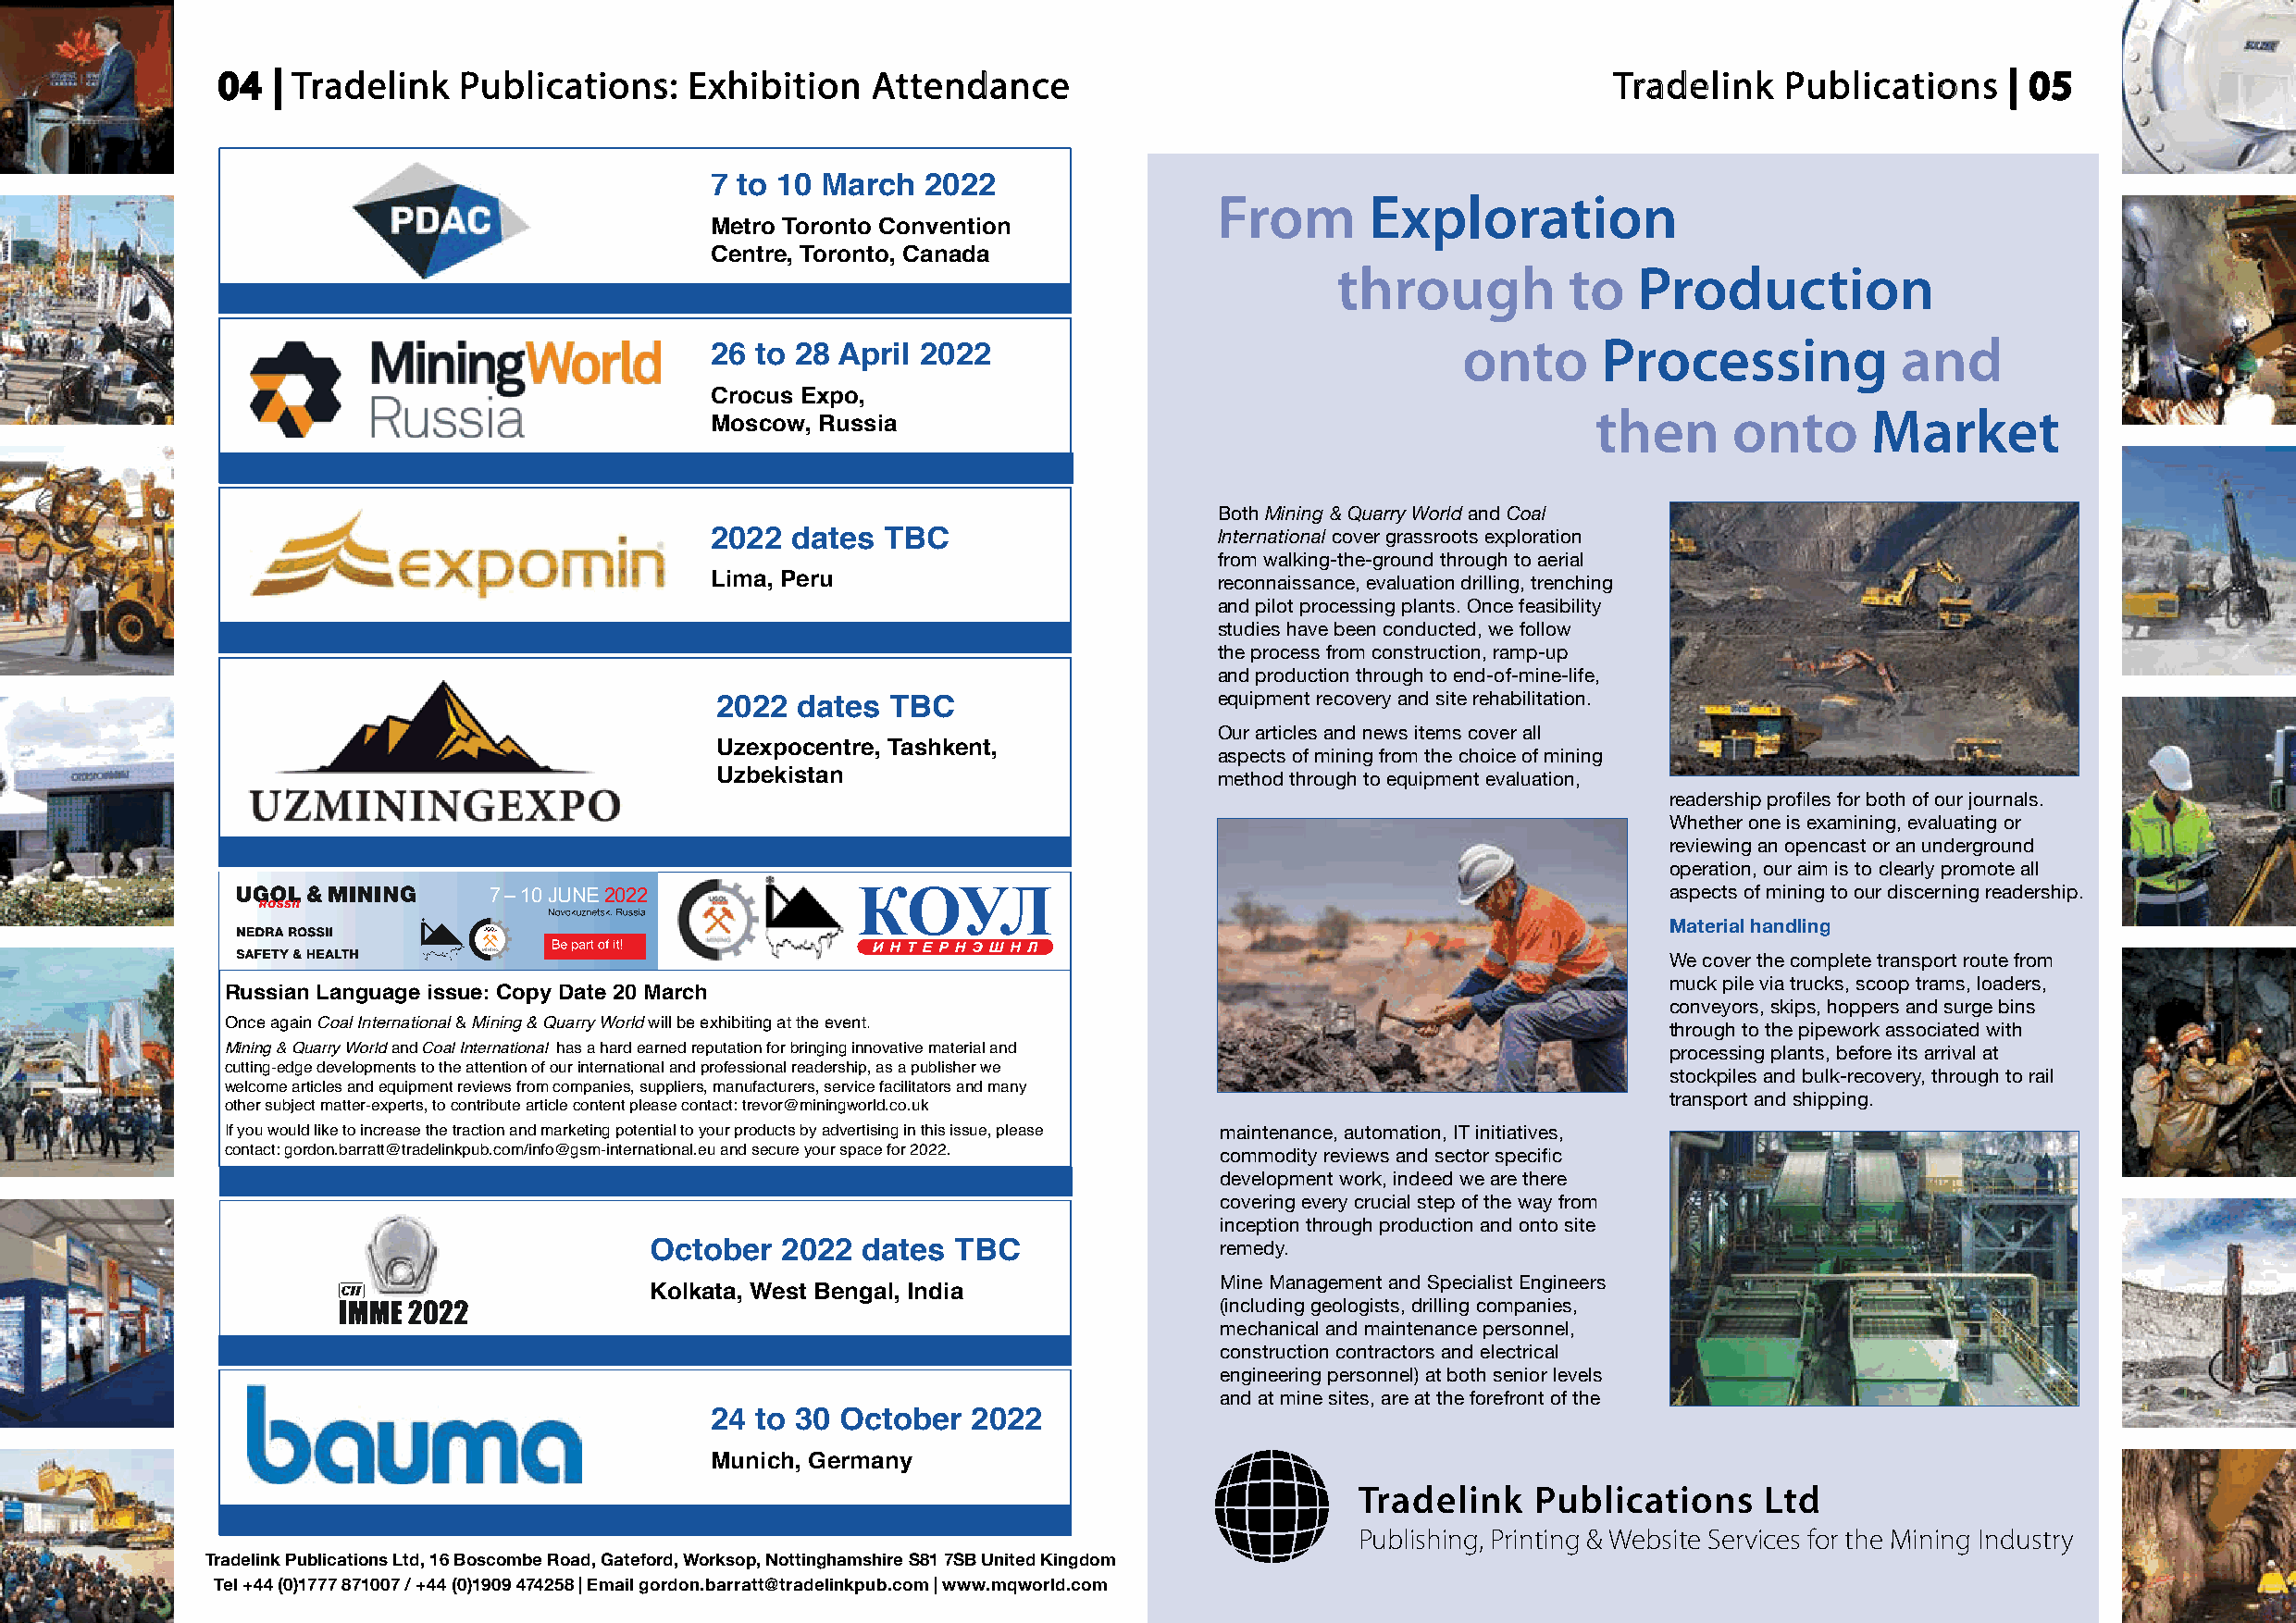
04  | Tradelink  Publications:   Exhibition   Attendance                                           Tradelink    Publications    | 05
 7 to 10 March  2022
 From       Exploration
 Metro Toronto Convention
 Centre, Toronto, Canada
 through         to   Production
 onto      Processing           and
 26 to 28 April 2022
 Crocus Expo,
 then      onto      Market
 Moscow, Russia
 Both Mining & Quarry World and Coal
 2022  dates TBC                     International cover grassroots exploration
 from walking-the-ground through to aerial
 Lima, Peru                          reconnaissance, evaluation drilling, trenching
 and pilot processing plants. Once feasibility
 studies have been conducted, we follow
 the process from construction, ramp-up
 and production through to end-of-mine-life,
 2022  dates  TBC                    equipment recovery and site rehabilitation.
 Our articles and news items cover all
 Uzexpocentre, Tashkent,
 aspects of mining from the choice of mining
 Uzbekistan                          method through to equipment evaluation,
 readership profiles for both of our journals.
 Whether one is examining, evaluating or
 reviewing an opencast or an underground
 operation, our aim is to clearly promote all
 7 – 10 JUNE 2022                                                                    aspects of mining to our discerning readership.
 Material handling
 We cover the complete transport route from
 muck pile via trucks, scoop trams, loaders,
 Russian Language issue: Copy Date 20 March
 conveyors, skips, hoppers and surge bins
 Once again Coal International & Mining & Quarry World will be exhibiting at the event.
 through to the pipework associated with
 Mining & Quarry World and Coal International has a hard earned reputation for bringing innovative material and processing plants, before its arrival at
 cutting-edge developments to the attention of our international and professional readership, as a publisher we
 stockpiles and bulk-recovery, through to rail
 welcome articles and equipment reviews from companies, suppliers, manufacturers, service facilitators and many
 transport and shipping.
 other subject matter-experts, to contribute article content please contact: trevor@miningworld.co.uk
 If you would like to increase the traction and marketing potential to your products by advertising in this issue, please maintenance, automation, IT initiatives,
 contact: gordon.barratt@tradelinkpub.com/info@gsm-international.eu and secure your space for 2022. commodity reviews and sector specific
 development work, indeed we are there
 covering every crucial step of the way from
 inception through production and onto site
 October   2022  dates TBC                remedy.
 Mine Management and Specialist Engineers
 Kolkata, West Bengal, India
 (including geologists, drilling companies,
 mechanical and maintenance personnel,
 construction contractors and electrical
 engineering personnel) at both senior levels
 and at mine sites, are at the forefront of the
 24 to 30 October  2022
 Munich, Germany
 Tradelink    Publications    Ltd
 Publishing, Printing & Website Services for the Mining Industry
 Tradelink Publications Ltd, 16 Boscombe Road, Gateford, Worksop, Nottinghamshire S81 7SB United Kingdom
 Tel +44 (0)1777 871007 / +44 (0)1909 474258 | Email gordon.barratt@tradelinkpub.com | www.mqworld.com